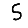
Digit: 5